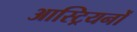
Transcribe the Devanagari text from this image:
आस्ट्रियनों